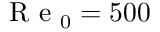
\mathrm { ~ R ~ e ~ } _ { 0 } = 5 0 0